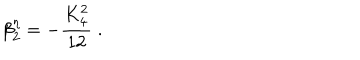
LaTeX: \beta _ { 2 } ^ { \eta } = - \frac { K _ { 4 } ^ { 2 } } { 1 2 } \; .